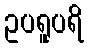
ဥပရူပရိ